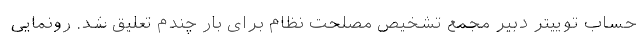
حساب توییتر دبیر مجمع تشخیص مصلحت نظام برای بار چندم تعلیق شد. رونمایی